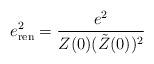
LaTeX: \begin{align*}e^2_{\rm ren}={e^2\over Z(0) (\tilde{Z}(0))^2}\end{align*}